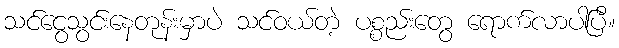
သင်ငွေသွင်းနေတုန်းမှာပဲ သင်ဝယ်တဲ့ ပစ္စည်းတွေ ရောက်လာပါပြီ။